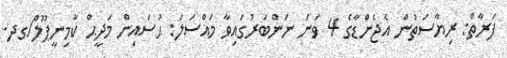
ފަރާތް: ރިޔާސަތުން އެޖެންޑާގެ 4 ވަނަ ނަންބަރުގައިވާ މައްސަލަ: ޙުސައިން މަދީޙް ކާމިނީޕޫލް/ގދ.